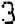
3